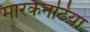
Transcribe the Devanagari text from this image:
मारकेनटिया